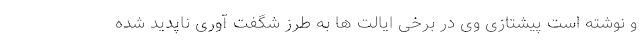
و نوشته است پیشتازی وی در برخی ایالت ها به طرز شگفت آوری ناپدید شده